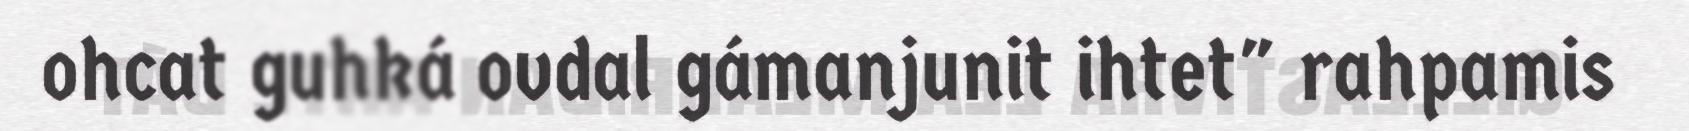
ohcat guhká ovdal gámanjunit ihtet" rahpamis